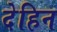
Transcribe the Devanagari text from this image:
देहिन